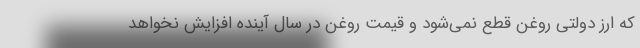
که ارز دولتی روغن قطع نمی‌شود و قیمت روغن در سال آینده افزایش نخواهد